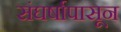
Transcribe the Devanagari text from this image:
संघर्षापासून